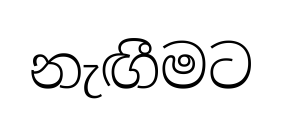
නැඟීමට